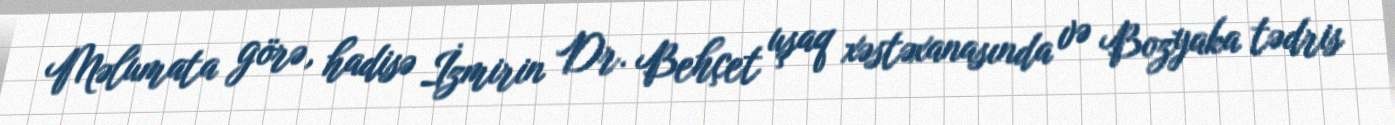
Məlumata görə, hadisə İzmirin Dr. Behçet uşaq xəstəxanasında və Bozyaka tədris